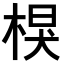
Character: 𣔑